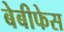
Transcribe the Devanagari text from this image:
बेबीफेस